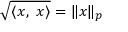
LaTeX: { \sqrt { \langle x , \ x \rangle } } = \| x \| _ { p }